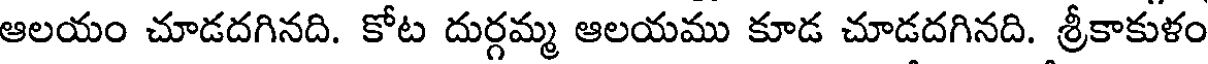
ఆలయం చూడదగినది. కోట దుర్గమ్మ ఆలయము కూడ చూడదగినది. శ్రీకాకుళం